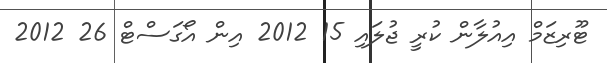
ޓޫރިޒަމް އިއުލާން ކުރީ ޖުލައި 15 2012 އިން އޯގަސްޓް 26 2012